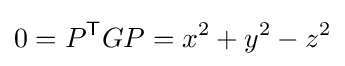
0=P^{\mathsf {T}}GP=x^{2}+y^{2}-z^{2}